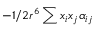
- 1 / 2 r ^ { 6 } \sum x _ { i } x _ { j } \alpha _ { i j }